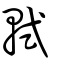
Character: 軾